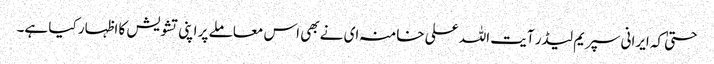
حتیٰ کہ ایرانی سپریم لیڈر آیت اللہ علی خامنہ ای نے بھی اس معاملے پر اپنی تشویش کا اظہار کیا ہے۔